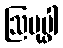
ဩပုပ္ဖါ